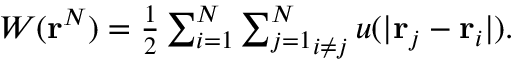
\begin{array} { r } { W ( \mathbf { r } ^ { N } ) = \frac { 1 } { 2 } \mathop { \sum _ { i = 1 } ^ { N } \sum _ { j = 1 } ^ { N } } _ { i \not = j } u ( \vert \mathbf { r } _ { j } - \mathbf { r } _ { i } \vert ) . } \end{array}